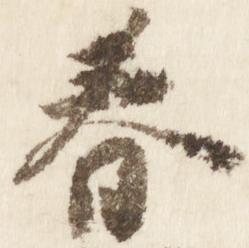
春